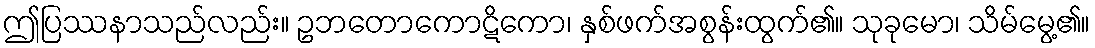
ဤပြဿနာသည်လည်း။ ဥဘတောကောဋိကော၊ နှစ်ဖက်အစွန်းထွက်၏။ သုခုမော၊ သိမ်မွေ့၏။